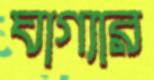
ঘাগ্যার